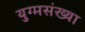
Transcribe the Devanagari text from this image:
युग्मसंख्या